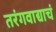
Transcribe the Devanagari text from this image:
तरंगवाद्याचं